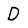
Character: D